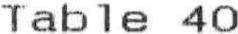
TABLE 40